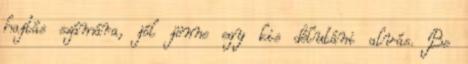
hajtás számára, jól jönne egy kis délutáni alvás. Be